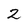
Character: 2